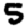
Digit: 5